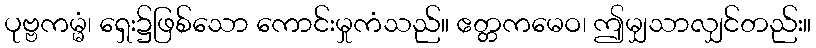
ပုဗ္ဗကမ္မံ၊ ရှေး၌ဖြစ်သော ကောင်းမှုကံသည်။ ဧတ္တကမေဝ၊ ဤမျှသာလျှင်တည်း။